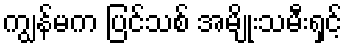
ကျွန်မက ပြင်သစ် အမျိုးသမီးရှင့်